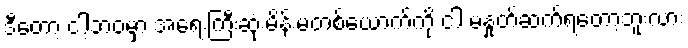
ဒီတော့ ငါ့ဘဝမှာ အရေးကြီးဆုံးမိန်းမတစ်ယောက်ကို ငါ မနှုတ်ဆက်ရတော့ဘူးလား